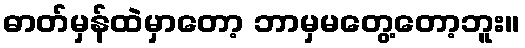
ဓာတ်မှန်ထဲမှာတော့ ဘာမှမတွေ့တော့ဘူး။